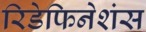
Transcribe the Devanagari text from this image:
रिडेफिनेशंस